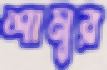
শানুর